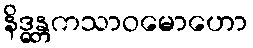
နိဒ္ဓန္တကသာဝမောဟော